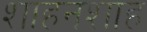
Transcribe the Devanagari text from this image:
शाहनशाह